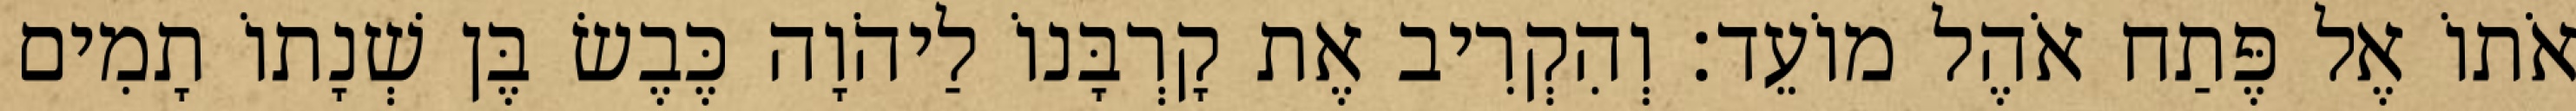
אֹתוֹ אֶל פֶּתַח אֹהֶל מוֹעֵד׃ וְהִקְרִיב אֶת קָרְבָּנוֹ לַיהֹוָה כֶּבֶשׂ בֶּן שְׁנָתוֹ תָמִים